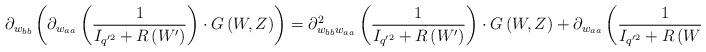
LaTeX: \begin{align*}\partial_{w_{bb}}\left(\partial_{w_{aa}}\left(\frac{1}{I_{q'^{2}}+R\left(W'\right) }\right)\cdot G\left(W,Z\right)\right)=\partial^{2}_{w_{bb} w_{aa}}\left(\frac{1}{I_{q'^{2}}+R\left(W'\right)}\right) \cdot G\left(W,Z\right)+\partial_{w_{aa}}\left(\frac{1}{I_{q'^{2}}+R\left(W'\right)}\right)\cdot\partial_{w_{bb}}\left( G\left(W,Z\right)\right), \end{align*}